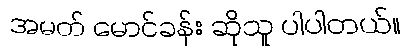
အမတ် မောင်ခန်း ဆိုသူ ပါပါတယ်။